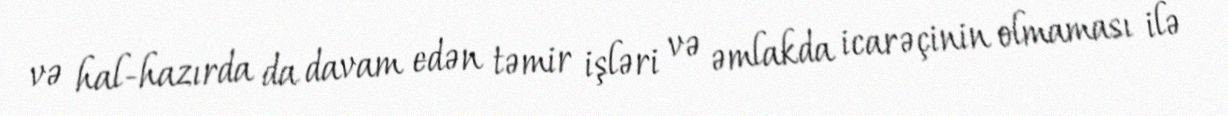
və hal-hazırda da davam edən təmir işləri və əmlakda icarəçinin olmaması ilə